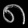
Digit: ၈